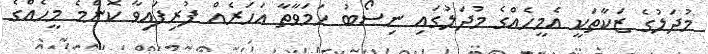
މުދަލުގެ ޒަކާތަކީ އެމީހެއްގެ މުދަލުގައި ނިސޯބު ހަމަވާތާ އަހަރެއް ފުރިފައިވާ ކޮންމެ މީހެއްގެ